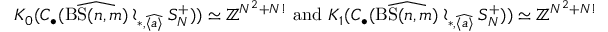
K _ { 0 } ( C _ { \bullet } ( \widehat { \mathrm { B S } ( n , m ) } \wr _ { \ast , \widehat { \langle a \rangle } } S _ { N } ^ { + } ) ) \simeq \mathbb { Z } ^ { N ^ { 2 } + N ! } \mathrm { ~ a n d ~ } K _ { 1 } ( C _ { \bullet } ( \widehat { \mathrm { B S } ( n , m ) } \wr _ { \ast , \widehat { \langle a \rangle } } S _ { N } ^ { + } ) ) \simeq \mathbb { Z } ^ { N ^ { 2 } + N ! }